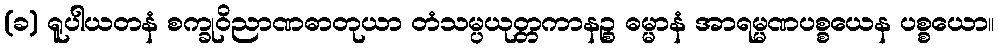
(ခ) ရူပါယတနံ စက္ခုဝိညာဏဓာတုယာ တံသမ္ပယုတ္တကာနဉ္စ ဓမ္မာနံ အာရမ္မဏပစ္စယေန ပစ္စယော။